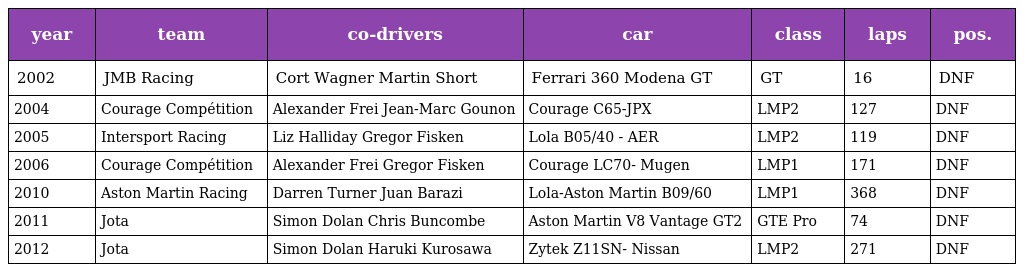
| year | team | co-drivers | car | class | laps | pos. |
 | --- | --- | --- | --- | --- | --- | --- |
 | 2002 | JMB Racing | Cort Wagner Martin Short | Ferrari 360 Modena GT | GT | 16 | DNF |
 | 2004 | Courage Compétition | Alexander Frei Jean-Marc Gounon | Courage C65-JPX | LMP2 | 127 | DNF |
 | 2005 | Intersport Racing | Liz Halliday Gregor Fisken | Lola B05/40 - AER | LMP2 | 119 | DNF |
 | 2006 | Courage Compétition | Alexander Frei Gregor Fisken | Courage LC70- Mugen | LMP1 | 171 | DNF |
 | 2010 | Aston Martin Racing | Darren Turner Juan Barazi | Lola-Aston Martin B09/60 | LMP1 | 368 | DNF |
 | 2011 | Jota | Simon Dolan Chris Buncombe | Aston Martin V8 Vantage GT2 | GTE Pro | 74 | DNF |
 | 2012 | Jota | Simon Dolan Haruki Kurosawa | Zytek Z11SN- Nissan | LMP2 | 271 | DNF |